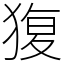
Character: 𤟱